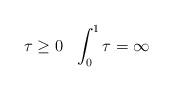
LaTeX: \begin{align*} \tau\ge 0 \ \ \int_0^1 \tau=\infty \end{align*}